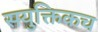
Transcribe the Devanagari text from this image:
सयुक्तिकच